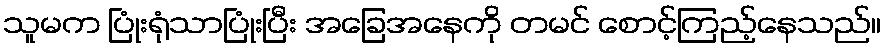
သူမက ပြုံးရုံသာပြုံးပြီး အခြေအနေကို တမင် စောင့်ကြည့်နေသည်။